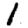
Digit: 1